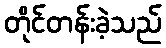
တိုင်တန်းခဲ့သည်